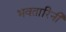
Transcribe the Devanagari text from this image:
भवतारिनी